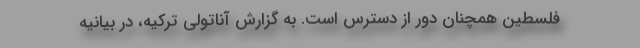
فلسطین همچنان دور از دسترس است. به گزارش آناتولی ترکیه، در بیانیه